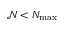
\mathcal { N } < N _ { \operatorname* { m a x } }